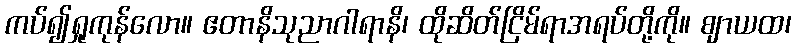
ကပ်၍ရှုကုန်လော။ ဧတာနိသုညာဂါရာနိ၊ ထိုဆိတ်ငြိမ်ရာအရပ်တို့ကို။ ဈာယထ၊